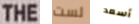
THE لست أسعد